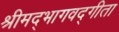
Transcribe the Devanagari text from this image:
श्रीमद्भागवद्गीता